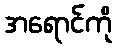
အရောင်ကို